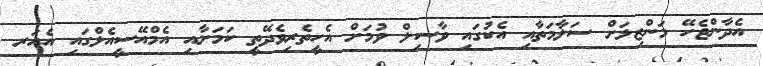
އެދާންޖެހޭ މަންޒިލަށް ސަލާމަތާއި އެކުގައި ވާސިލް ވުމަށް އެހީތެރިވެދޭތީ ކަމަށާއި އެމްއޭސީއެލްގައި އެއަރ